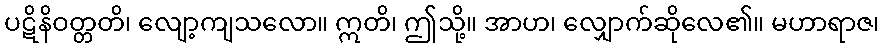
ပဋိနိဝတ္တတိ၊ လျော့ကျသလော။ ဣတိ၊ ဤသို့။ အာဟ၊ လျှောက်ဆိုလေ၏။ မဟာရာဇ၊